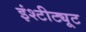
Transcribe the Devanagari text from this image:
इंश्टीट्यूट